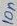
Text: 10n